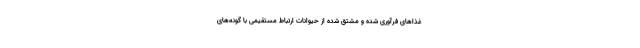
غذاهای فرآوری شده و مشتق شده از حیوانات ارتباط مستقیمی با گونه‌های